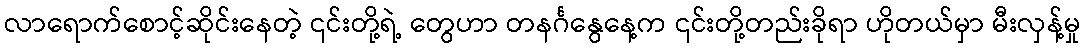
လာရောက်စောင့်ဆိုင်းနေတဲ့ ၎င်းတို့ရဲ့ တွေဟာ တနင်္ဂနွေနေ့က ၎င်းတို့တည်းခိုရာ ဟိုတယ်မှာ မီးလှန့်မှု